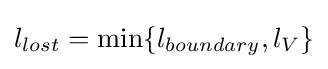
l_{lost}=\min\{l_{boundary},l_{V}\}